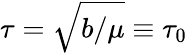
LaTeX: \tau=\sqrt{b/\mu}\equiv\tau_{0}